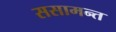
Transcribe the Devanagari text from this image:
ससामन्त